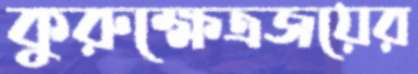
কুরুক্ষেত্রজয়ের